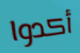
أكدوا